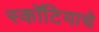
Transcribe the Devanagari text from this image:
स्कॉटियाचे